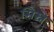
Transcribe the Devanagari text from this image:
सिस्ने